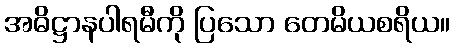
အဓိဋ္ဌာနပါရမီကို ပြသော တေမိယစရိယ။